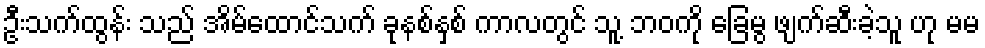
ဦးသက်ထွန်း သည် အိမ်ထောင်သက် ခုနစ်နှစ် ကာလတွင် သူ့ ဘဝကို ခြေမွ ဖျက်ဆီးခဲ့သူ ဟု မမ